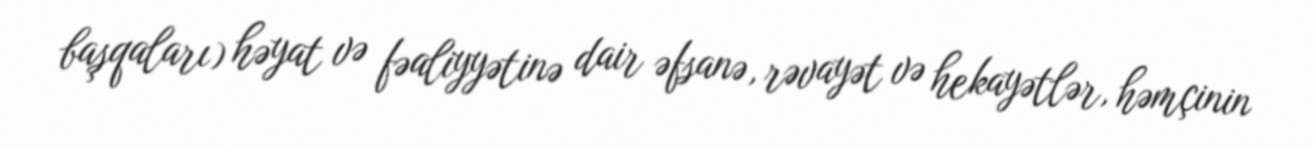
başqaları) həyat və fəaliyyətinə dair əfsanə, rəvayət və hekayətlər, həmçinin